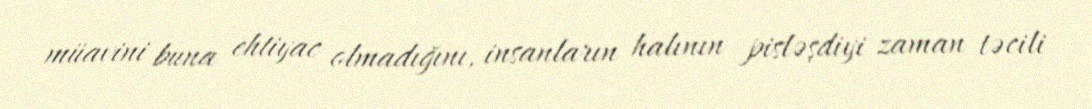
müavini buna ehtiyac olmadığını, insanların halının pisləşdiyi zaman təcili